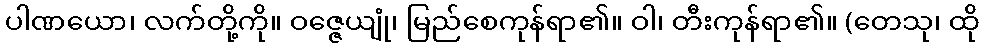
ပါဏယော၊ လက်တို့ကို။ ဝဇ္ဇေယျုံ၊ မြည်စေကုန်ရာ၏။ ဝါ၊ တီးကုန်ရာ၏။ (တေသု၊ ထို